Vaccination North-Western Provinces and Oudh 1878-1895 - 1878-1895
Year: 1878
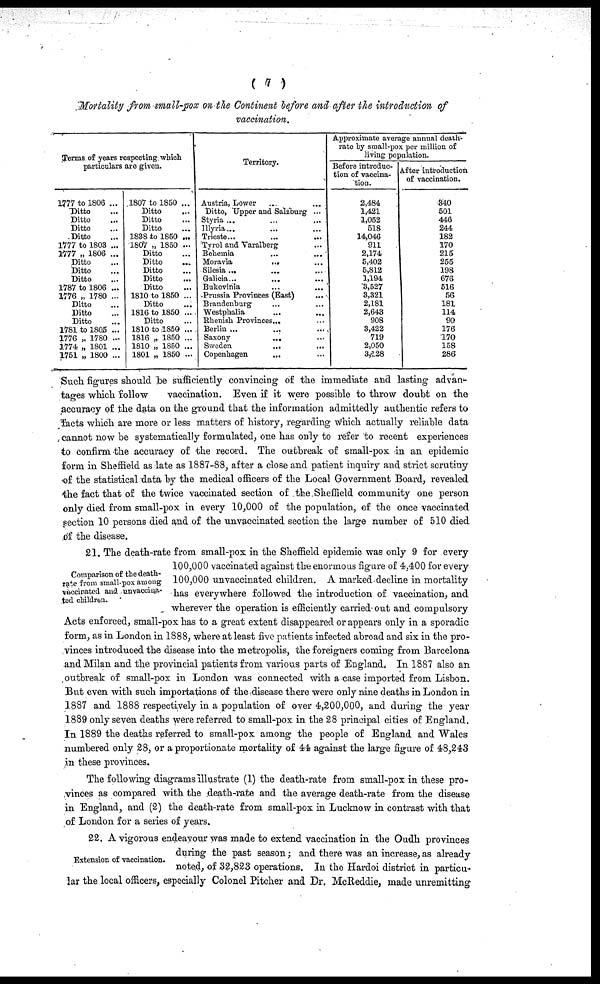
( 7 )
Mortality from small-pox on the Continent before and after the introduction of
vaccination.
Terms of years respecting which
particulars are given.
1777 to 1806 ...
Ditto ...
Ditto ...
Ditto ...
Ditto ...
1777 to 1803 ...
1777 „ 1806 ...
Ditto ...
Ditto ...
Ditto ...
1787 to 1806 ...
1776 „ 1780 ...
Ditto ...
Ditto ...
Ditto ...
1781 to 1805 ...
1776 „ 1780 ...
1774 „ 1801 ...
1751 „ 1800 ...
1807 to 1850 ...
Ditto ...
Ditto ...
Ditto ...
1838 to 1850 ...
1807 „ 1850 ...
Ditto ...
Ditto ...
Ditto ...
Ditto ...
Ditto ...
1810 to 1850 ...
Ditto ...
1816 to 1850 ...
Ditto ...
1810 to 1850 ...
1816 „ 1850 ...
1810 „ 1850 ...
1801 „ 1850 ...
Territory.
Austria, Lower ... ...
Ditto, Upper and Salzburg ...
Styria ... ... ...
Illyria...
...
Trieste...
...
...
Tyrol and Varalberg ...
Bohemia ... ...
Moravia
... ...
Silesia ... ... ...
Galicia... ... ...
Bukovinia ... ...
Prussia Provinces (East) ...
Brandenburg ... ...
Westphalia ... ...
Rhenish Provinces... ...
Berlin ... ... ...
Saxony
... ...
Sweden
...
...
Copenhagen
... ...
Approximate average annual death¬
rate by small-pox per million of
living population.
Before introduc-
tion of vaccina-
tion.
2,484
1,421
1,052
518
14,046
911
2,174
5,402
5,812
1,194
3,527
3,321
2,181
2,643
908
3,422
719
2,050
3,128
After introduction
of vaccination.
340
501
446
244
182
170
215
255
198
676
516
56
181
114
90
176
170
158
286
Such figures should be sufficiently convincing of the immediate and lasting advan-
tages which follow
vaccination. Even if it were possible to throw doubt on the
Comparison of the death¬
rate from small-pox among
vaccinated and unvaccina-
ted children. 21. The death-rate from small-pox in the Sheffield epidemic was only 9 for every
vinces introduced the disease into the metropolis, the foreigners coming from Barcelona
The following diagrams illustrate (1) the death-rate from small-pox in these pro-
vinces as compared with the death-rate and the average death-rate from the disease
Extension of vaccination.
22. A vigorous endeavour was made to extend vaccination in the Oudh provinces
lar the local officers, especially Colonel Pitcher and Dr. McReddie, made unremitting